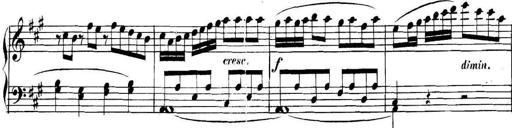
Title: Collected Piano Sonatas
Composer: Muzio Clementi